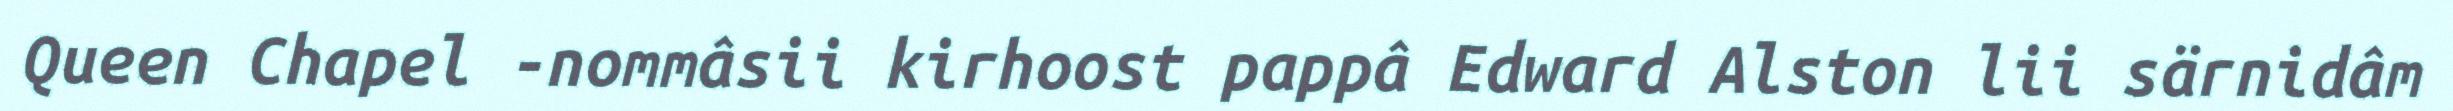
Queen Chapel -nommâsii kirhoost pappâ Edward Alston lii särnidâm